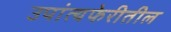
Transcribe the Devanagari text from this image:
उपांत्यफेरीतील